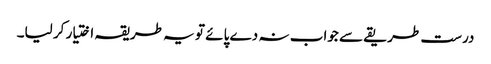
درست طریقے سے جواب نہ دے پائے تو یہ طریقہ اختیار کر لیا۔